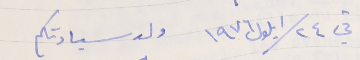
في ٢٤ /ايلول ١٩٧٦                   ولد سيادتكم